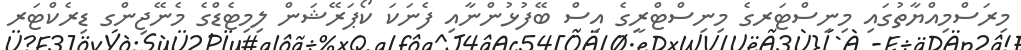
މިރަސްމިއްޔާތުގައި މިނިސްޓަރގެ މިނިސްޓްރީގެ އިސް ބޭފުޅުންނާއި ފެނަކަ ކޯޕަރޭޝަން ލިމިޓެޑްގެ މެނޭޖިންގ ޑިރެކްޓަރ